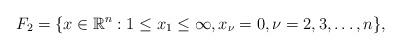
LaTeX: \begin{align*}F_2 = \{x \in \mathbb R^n : 1 \le x_1 \le \infty, x_{\nu} = 0,\nu = 2,3,\dots,n\},\end{align*}